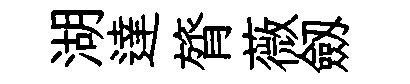
湖達膂薇劔